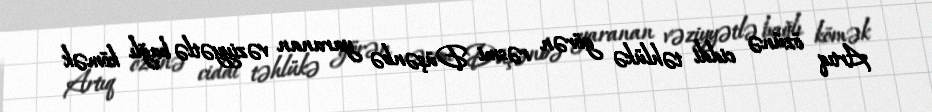
Artıq özünə ciddi təhlükə görən rəsmi Düşənbə yaranan vəziyyətlə bağlı kömək